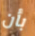
بأن